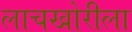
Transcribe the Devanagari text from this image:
लाचखोरीला